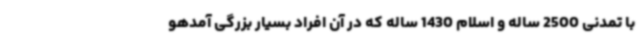
با تمدنی 2500 ساله و اسلام 1430 ساله که در آن افراد بسیار بزرگی آمدهو